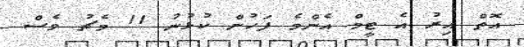
އޮތް އިރު އެ ޓީމް އެންމެ ފަހުން ކުޅުނު 11 މެޗު ވެސް